38_143685_box_Incident_Summaries_101-172
Agency: Department of War
Page 21
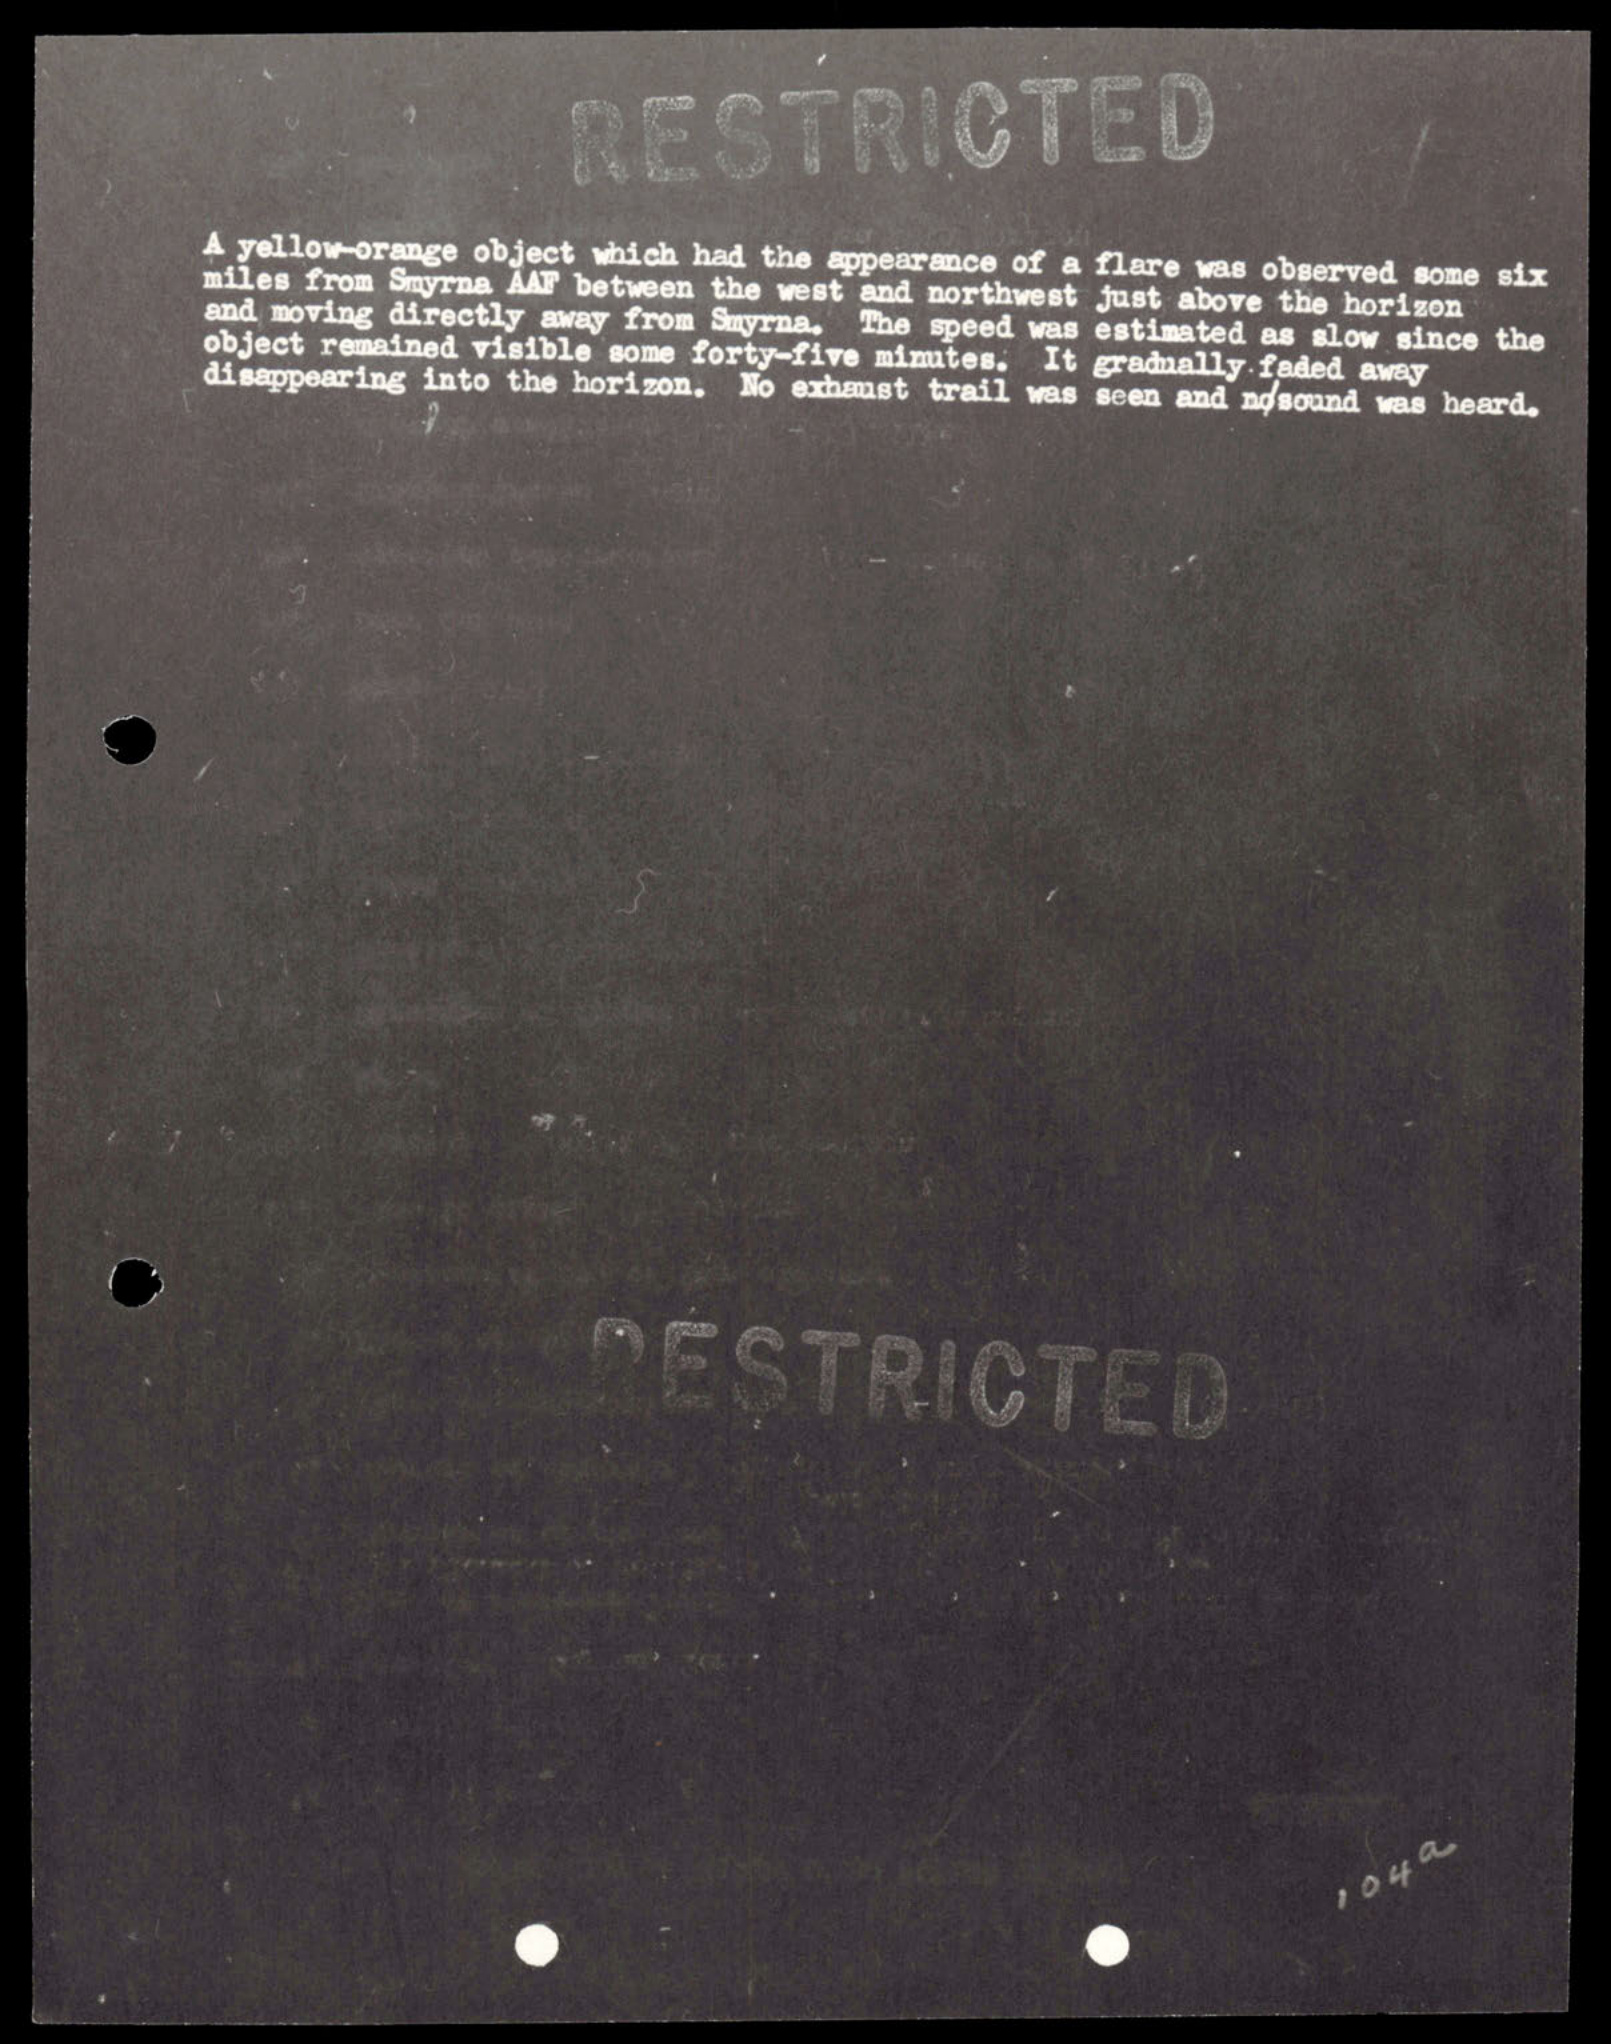